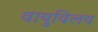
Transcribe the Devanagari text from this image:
वायुविलय